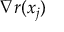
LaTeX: \nabla r ( x _ { j } )